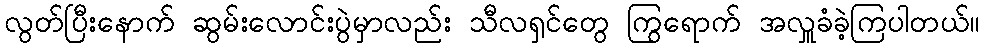
လွတ်ပြီးနောက် ဆွမ်းလောင်းပွဲမှာလည်း သီလရှင်တွေ ကြွရောက် အလှူခံခဲ့ကြပါတယ်။